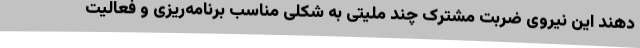
دهند این نیروی ضربت مشترک چند ملیتی به شکلی مناسب برنامه‌ریزی و فعالیت